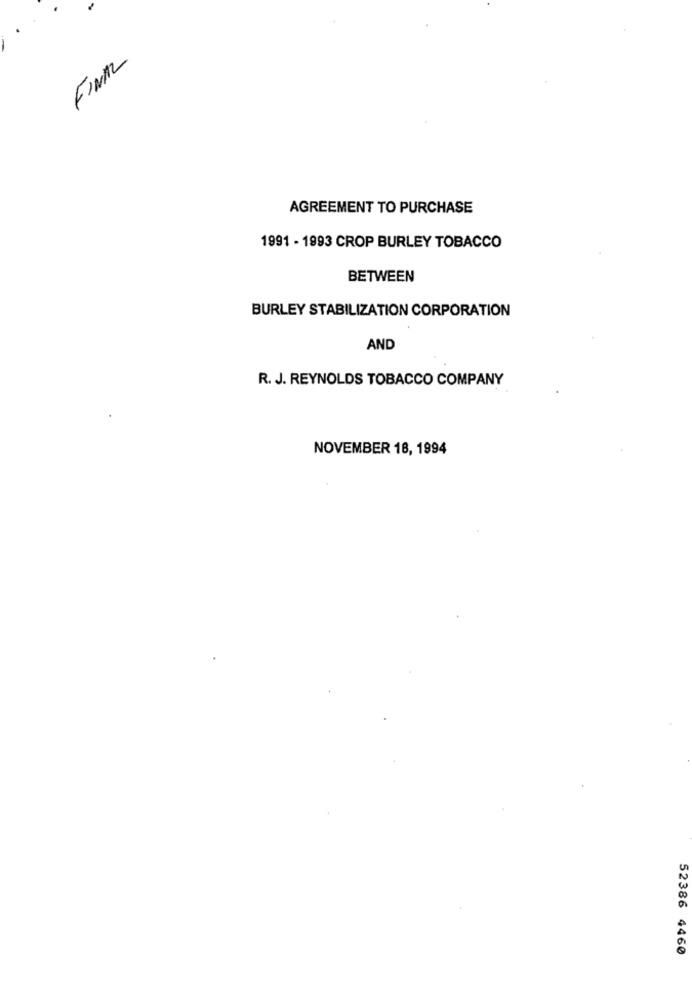
FINAL
AGREEMENT TO PURCHASE
1991 - 1993 CROP BURLEY TOBACCO
BETWEEN
BURLEY STABILIZATION CORPORATION
AND
R. J. REYNOLDS TOBACCO COMPANY
NOVEMBER 18, 1994
52386 4460